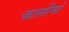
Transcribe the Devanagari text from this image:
कासीमो